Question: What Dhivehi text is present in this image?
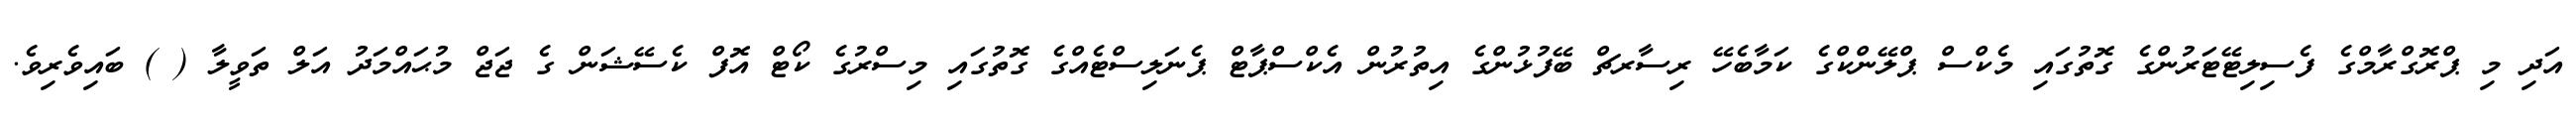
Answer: އަދި މި ޕްރޮގްރާމްގެ ފެސިލިޓޭޓަރުންގެ ގޮތުގައި މެކްސް ޕްލޭންކްގެ ކަމާބެހޭ ރިސާރޗް ބޭފުޅުންގެ އިތުރުން އެކްސްޕާޓް ޕެނަލިސްޓެއްގެ ގޮތުގައި މިސްރުގެ ކޯޓް އޮފް ކެސޭޝަން ގެ ޖަޖް މުޙައްމަދު އަލް ތަވީލާ ( ) ބައިވެރިވެ.